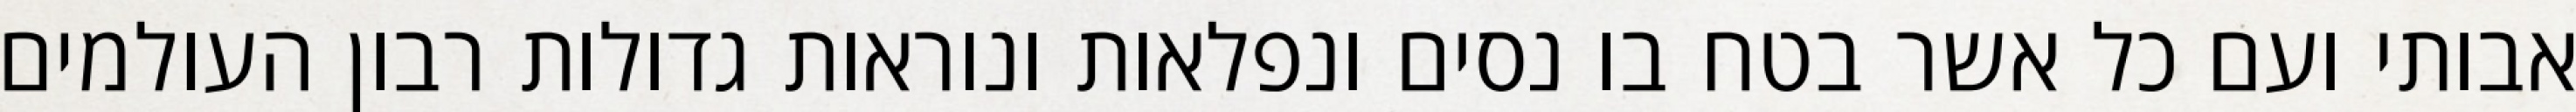
אבותי ועם כל אשר בטח בו נסים ונפלאות ונוראות גדולות רבון העולמים